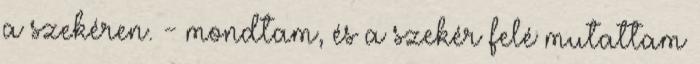
a szekéren. - mondtam, és a szekér felé mutattam